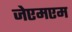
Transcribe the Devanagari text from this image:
जेएमएम